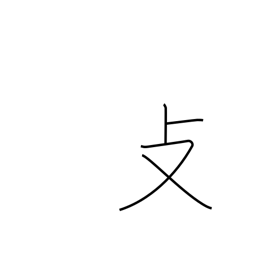
Meaning: folding chair radical (no. 66)